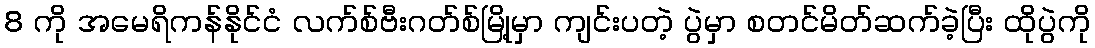
8 ကို အမေရိကန်နိုင်ငံ လက်စ်ဗီးဂတ်စ်မြို့မှာ ကျင်းပတဲ့ ပွဲမှာ စတင်မိတ်ဆက်ခဲ့ပြီး ထိုပွဲကို